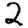
Digit: 2